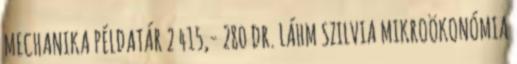
MECHANIKA PÉLDATÁR 2 415,- 280 DR. LÁHM SZILVIA MIKROÖKONÓMIA